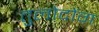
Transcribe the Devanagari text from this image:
तुलोदोंग